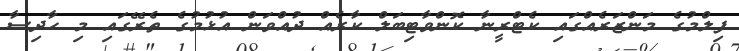
ފިލްމުގެ މަންޒަރެއްގައި ކެޓްރީނާ ކޮންވާޓިބަލް ކާރެއް ދުއްވަން އުޅުމުގެ ތެރޭގައި މި ހާދިސާ